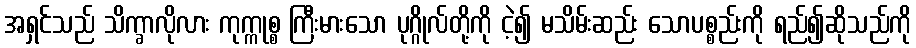
အရှင်သည် သိက္ခာလိုလား ကုက္ကုစ္စ ကြီးမားသော ပုဂ္ဂိုလ်တို့ကို ငဲ့၍ မသိမ်းဆည်း သောပစ္စည်းကို ရည်၍ဆိုသည်ကို